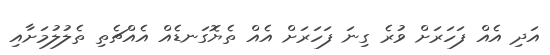
އަދި އެއް ފަހަރަށް ވުރެ ގިނަ ފަހަރަށް އެއް ތެޔޮގަނޑެއް އެއްޗެތި ތެލުލުމަށާއި